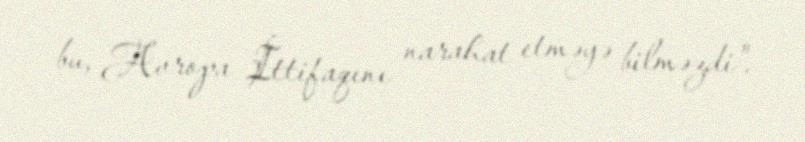
bu, Avropa İttifaqını narahat etməyə bilməzdi".